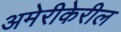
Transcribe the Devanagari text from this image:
अमेरीकेरील